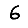
Digit: 6